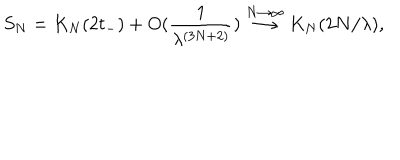
LaTeX: S _ { N } = K _ { N } ( 2 t _ { - } ) + O ( \frac { 1 } { \lambda ^ { ( 3 N + 2 ) } } ) \stackrel { N \rightarrow \infty } { \longrightarrow } K _ { N } ( 2 N / \lambda ) ,